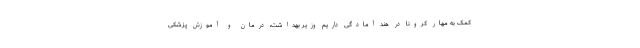
کمک به مهار کرونا در هند آمادگی داریم وزیر بهداشت، درمان و آموزش پزشکی